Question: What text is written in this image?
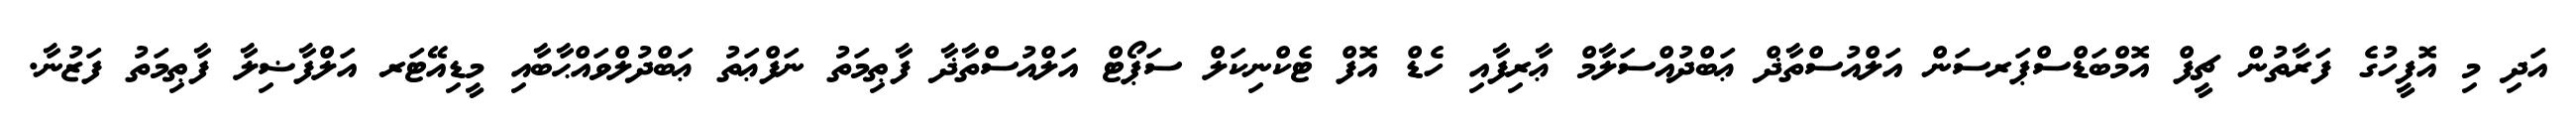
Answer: އަދި މި އޮފީހުގެ ފަރާތުން ޗީފް އޮމްބަޑްސްޕަރސަން އަލްއުސްތާޛް ޢަބްދުއްސަލާމް ޢާރިފާއި ހެޑް އޮފް ޓެކްނިކަލް ސަޕޯޓް އަލްއުސްތާޛާ ފާޠިމަތު ނަފްޢަތު ޢަބްދުލްވައްޙާބާއި މީޑިއޭޓަރ އަލްފާޟިލާ ފާޠިމަތު ފަޒުނާ.